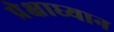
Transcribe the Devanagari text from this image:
प्रेक्षाध्यान